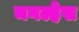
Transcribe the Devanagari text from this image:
मगल्हेस